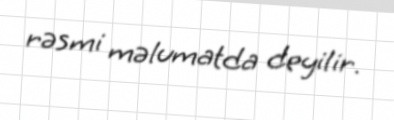
rəsmi məlumatda deyilir.